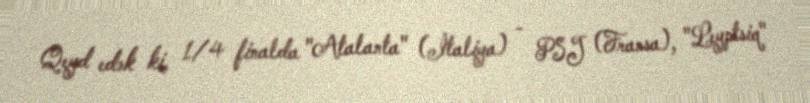
Qeyd edək ki, 1/4 finalda "Atalanta" (İtaliya) - PSJ (Fransa), "Leyptsiq"